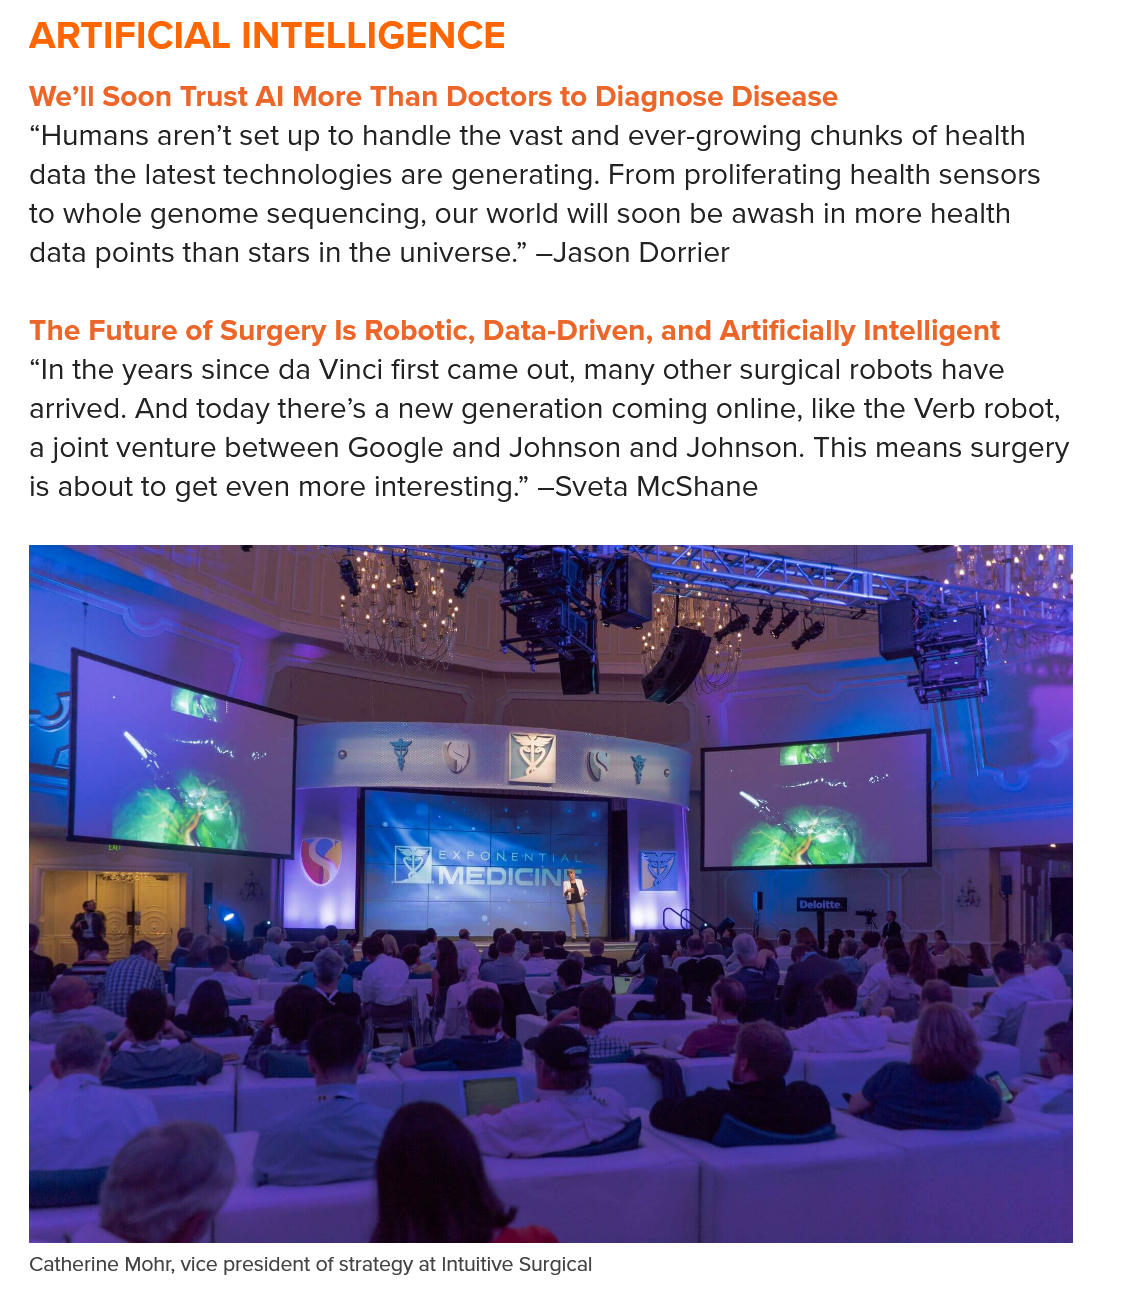
ARTIFICIAL    INTELLIGENCE
  We’ll Soon Trust Al More Than Doctors to Diagnose Disease
   “Humans aren’t set up to handle the vast and ever-growing chunks of health
   data the latest technologies are generating. From proliferating health sensors
  to whole genome  sequencing, our world will soon be awash in more health
   data points than stars in the universe.” —Jason Dorrier
   The Future of Surgery Is Robotic, Data-Driven, and Artificially Intelligent
   “In the years since da Vinci first came out, many other surgical robots have
   arrived. And today there’s a new generation coming online, like the Verb robot,
   a joint venture between Google and Johnson and Johnson. This means surgery
   is about to get even more interesting.” -Sveta McShane

     \

   Catherine Mohr, vice president of strategy at Intuitive Surgical